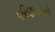
પરિણમવાનો